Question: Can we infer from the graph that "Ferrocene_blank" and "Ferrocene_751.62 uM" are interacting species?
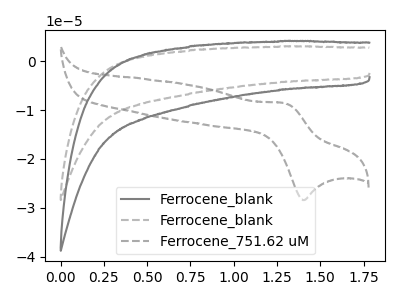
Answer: <think>The gray curve "Ferrocene_blank" has no peaks. The gray dashed curve "Ferrocene_blank" has no peaks. The gray dashed curve "Ferrocene_751.62 uM" has an anodic peak at (1.30V, -8.60uA) and a cathodic peak at (1.40V, -28.40uA).
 "Ferrocene_blank" and "Ferrocene_751.62 uM" have a different number of peaks.</think>
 <answer>Yes, "Ferrocene_blank" and "Ferrocene_751.62 uM" are different in shape.</answer>
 <eval>yes_change</eval>